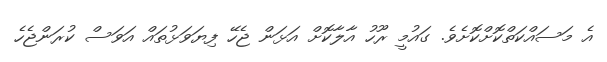
އެ މަސައްކަތްކޮށްކޮށެވެ. ގައުމީ ރޫހު އާލާކޮށް އަޅަން ޖެހޭ ފިޔަވަޅުތައް އަވަސް ކުރަންޖެހެ